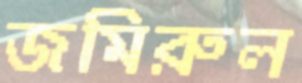
জমিরুল